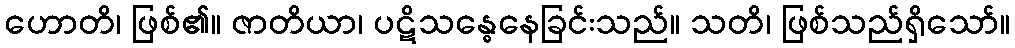
ဟောတိ၊ ဖြစ်၏။ ဇာတိယာ၊ ပဋိသန္ဓေနေခြင်းသည်။ သတိ၊ ဖြစ်သည်ရှိသော်။